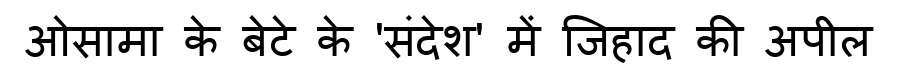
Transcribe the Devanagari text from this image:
ओसामा के बेटे के 'संदेश' में जिहाद की अपील